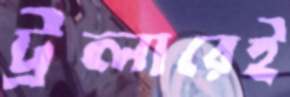
ট্রলারেই